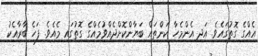
އެއްގެ ގޮތުގައެވެ. އަދި އެންމެހާ ކަންތައް ބަޔާންކޮށްދެއްވުމެއްގެ ގޮތުގައި މެއެވެ. ފަހެ ބާރާއެކު